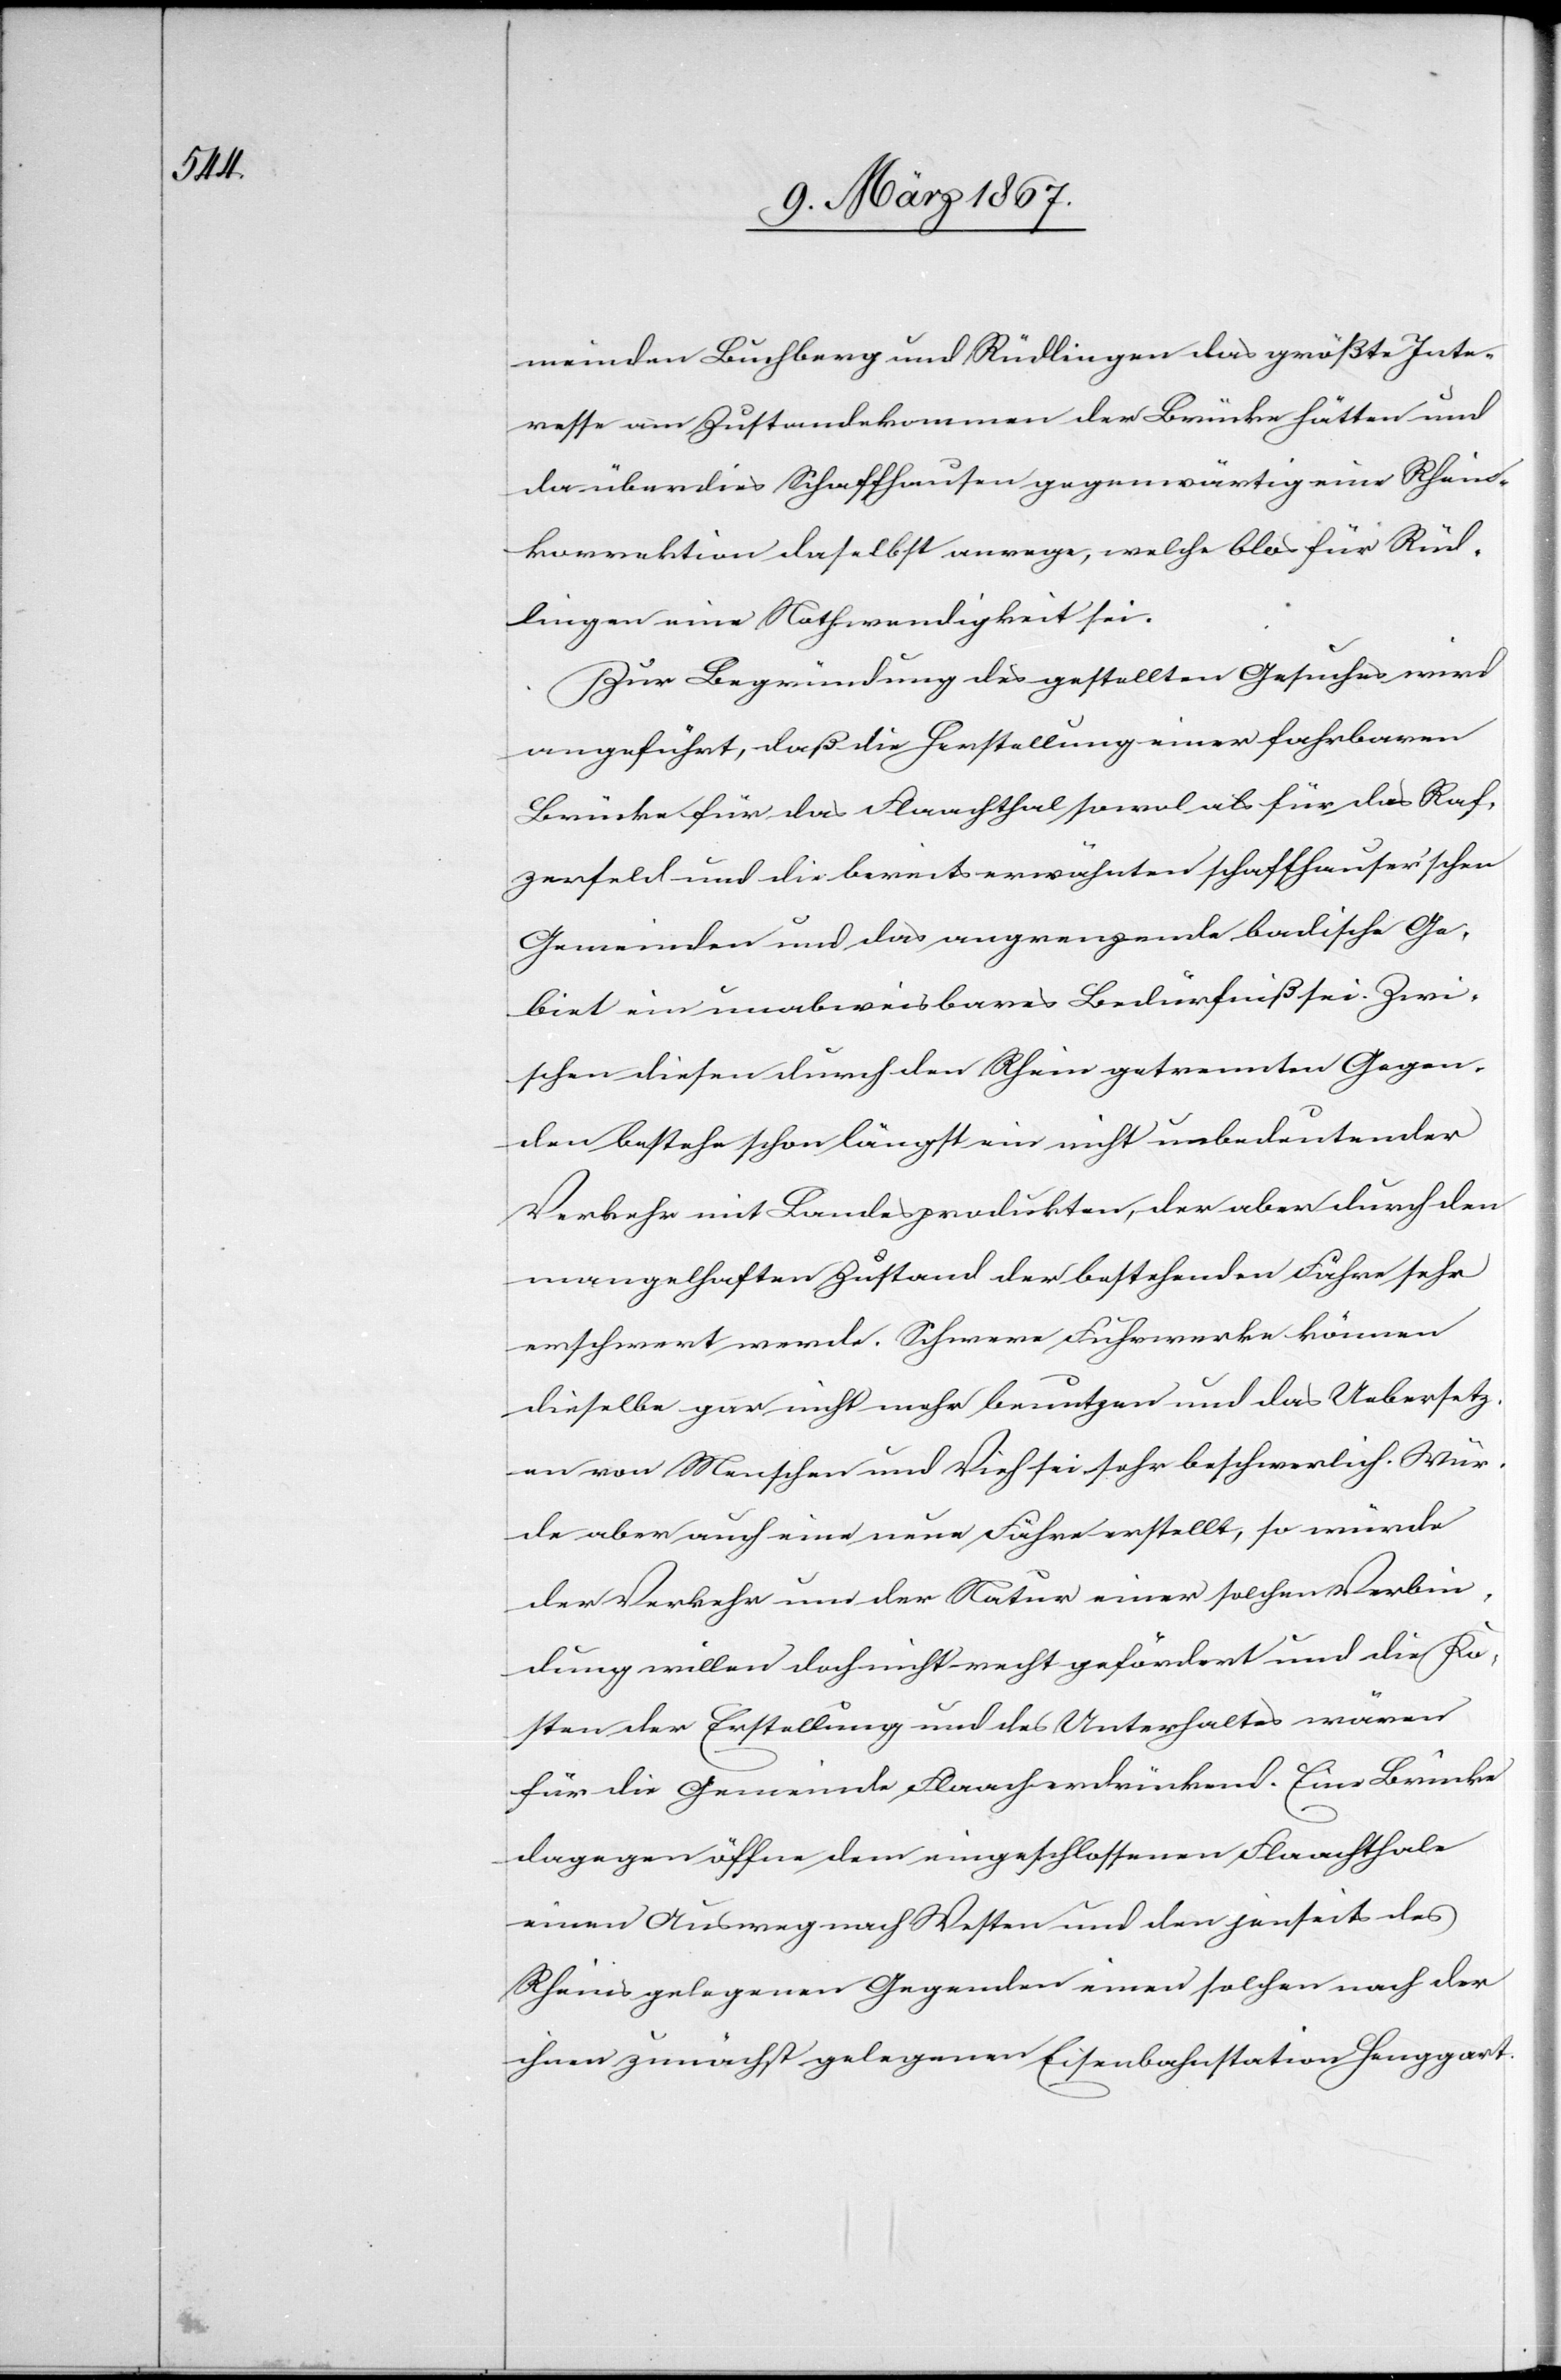
meinden Buchberg und Rüdlingen das größte Inte¬
resse am Zustandekommen der Brücke hätten und
da überdies Schaffhausen gegenwärtig eine Rhein¬
korrektion daselbst anrege, welche blos für Rüd¬
lingen eine Nothwendigkeit sei.
Zur Begründung des gestellten Gesuches wird
angeführt, daß die Herstellung einer fahrbaren
Brücke für das Flaachthal sowol als für das Raf¬
zerfeld und die bereits erwähnten schaffhauser’schen
Gemeinden und das angrenzende badische Ge¬
biet ein unabweisbares Bedürfniß sei. Zwi¬
schen diesen durch den Rhein getrennten Gegen¬
den bestehe schon längst ein nicht unbedeutender
Verkehr mit Landesprodukten, der aber durch den
mangelhaften Zustand der bestehenden Fähre sehr
erschwert werde. Schwere Fuhrwerke können
dieselbe gar nicht mehr benutzen und das Uebersetz¬
en von Menschen und Vieh sei sehr beschwerlich. Wür¬
de aber auch eine neue Fähre erstellt, so würde
der Verkehr um der Natur einer solchen Verbin¬
dung willen doch nicht recht gefördert und die Ko¬
sten der Erstellung und des Unterhaltes wären
für die Gemeinde Flaach erdrückend. Eine Brücke
dagegen öffne dem eingeschlossenen Flaachthale
einen Ausweg nach Westen und den jenseits des
Rheines gelegenen Gegenden einen solchen nach der
ihnen zunächst gelegenen Eisenbahnstation Henggart